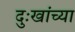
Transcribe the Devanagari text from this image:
दुःखांच्या